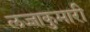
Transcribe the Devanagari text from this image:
लज्जाकुमारी